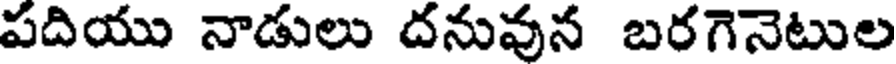
పదియు నాడులు దనువున బరగెనెటుల